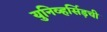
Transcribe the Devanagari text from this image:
युनिव्हर्सिड़ची